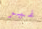
غير